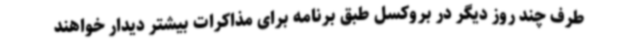
طرف چند روز دیگر در بروکسل طبق برنامه برای مذاکرات بیشتر دیدار خواهند